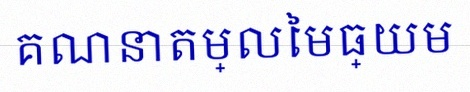
គណនាតម្លៃមធ្យម